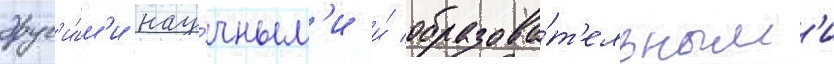
друг'и́м'и нау́чным'и и́ образова́т'ельным'и